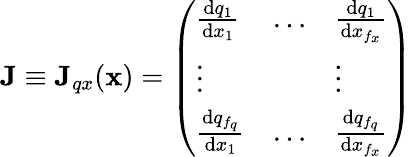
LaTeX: \textbf{J}\equiv\textbf{J}_{qx}(\textbf{x})=\left(\begin{array}{lll}{\frac{\mathrm{d}q_{1}}{\mathrm{d}x_{1}}}&{\dots}&{\frac{\mathrm{d}q_{1}}{\mathrm{d}x_{f_{x}}}}\\ {\vdots}&&{\vdots}\\ {\frac{\mathrm{d}q_{f_{q}}}{\mathrm{d}x_{1}}}&{\dots}&{\frac{\mathrm{d}q_{f_{q}}}{\mathrm{d}x_{f_{x}}}}\end{array}\right)